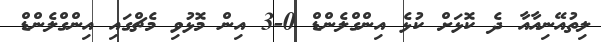
ލިތުއޭނިއާއާ ދެ ކޮޅަށް ކުޅެ އިންގްލެންޑް 0-3 އިން މޮޅުވި މެޗްގައި އިންގްލެންޑް